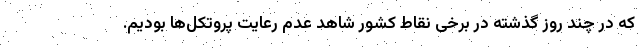
که در چند روز گذشته در برخی نقاط کشور شاهد عدم رعایت پروتکل‌ها بودیم.